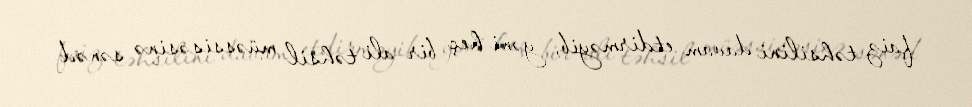
faiz təhsilini davam etdirməyib, yəni heç bir ali təhsil müəssisəsinə sənəd